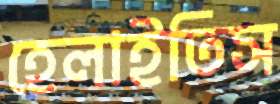
হেলাইতিস